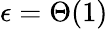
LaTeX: \epsilon=\Theta(1)